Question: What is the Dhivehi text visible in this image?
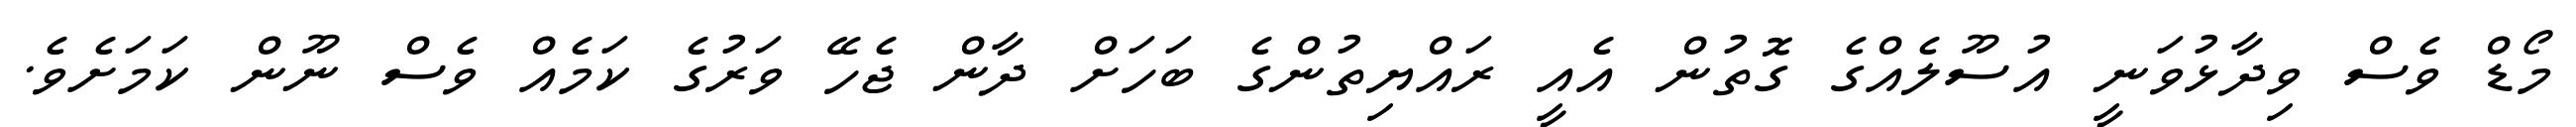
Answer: މޯޑް ވެސް ވިދާޅުވަނީ އުސޫލެއްގެ ގޮތުން އެއީ ރައްޔިތުންގެ ބަހަށް ދާން ޖެހޭ ވަރުގެ ކަމެއް ވެސް ނޫން ކަމަށެވެ.